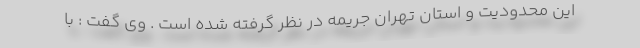
این محدودیت و استان تهران جریمه در نظر گرفته شده است . وی گفت : با